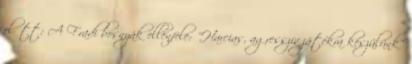
előtt: A Fradi bosnyák ellenfele: "Harcias, agresszív játékra készülünk"